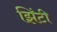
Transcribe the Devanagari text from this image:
झिंटी